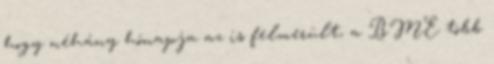
hogy néhány hónapja az is felmerült, a BME több